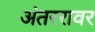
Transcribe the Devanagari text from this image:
अंतररावर